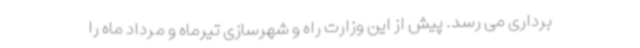
برداری می رسد. پیش از این وزارت راه و شهرسازی تیرماه و مرداد ماه را